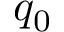
q _ { 0 }